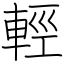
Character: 輕